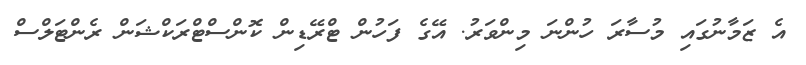
އެ ޒަމާނުގައި މުސާރަ ހުންނަ މިންވަރު. އޭގެ ފަހުން ޓްރޭޑިން ކޮންސްޓްރަކްޝަން ރެންޓަލްސް